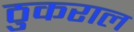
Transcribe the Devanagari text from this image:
ठुकराल